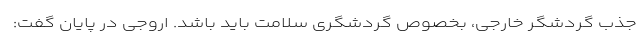
جذب گردشگر خارجی، بخصوص گردشگری سلامت باید باشد. اروجی در پایان گفت: